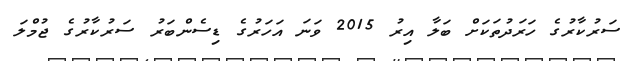
ސަރުކާރުގެ ހަރަދުތަކަށް ބަލާ އިރު 2015 ވަނަ އަހަރުގެ ޑިސެންބަރު ސަރުކާރުގެ ޖުމްލަ